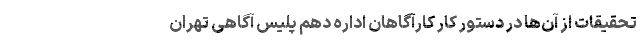
تحقیقات از آن‌ها در دستور کار کارآگاهان اداره دهم پلیس آگاهی تهران